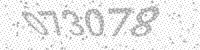
Solution: 073078